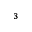
^ 3